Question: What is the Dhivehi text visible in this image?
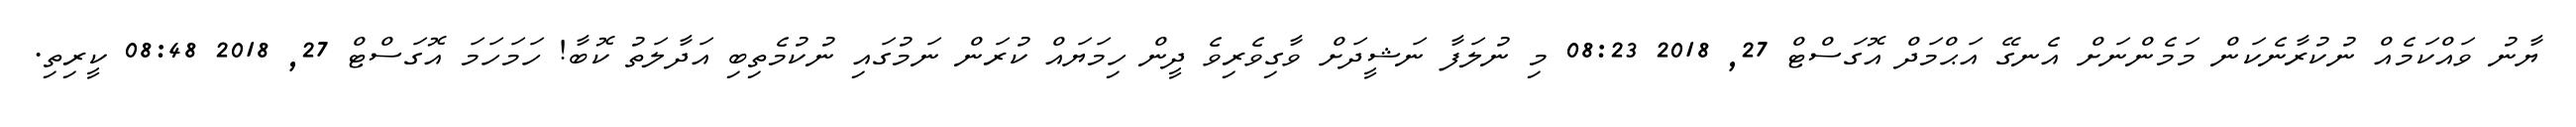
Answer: ޔާނު ވައްކަމެއް ނުކުރާނެކަން މަމެންނަށް އެނގޭ އަޙްމަދް އޮގަސްޓް 27, 2018 08:23 މި ނުލަފާ ނަޝީދަށް ވާގިވެރިވެ ދީން ހިމަޔައް ކުރަން ނަމުގައި ނުކުމެތިބި އަދާލަތު ކޮބާ! ހަމަހަމަ އޮގަސްޓް 27, 2018 08:48 ކީރިތި.